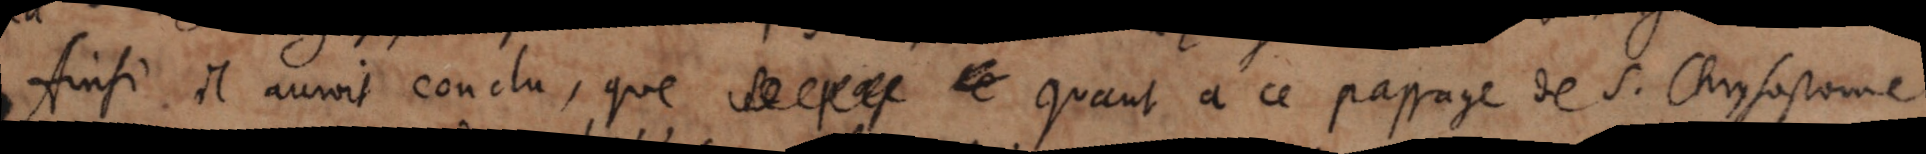
Ainsi il auroit conclu, que ce quant à ce passage de S. Chrysostome